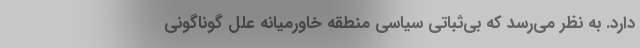
دارد. به نظر می‌رسد که بی‌ثباتی سیاسی منطقه خاورمیانه علل گوناگونی